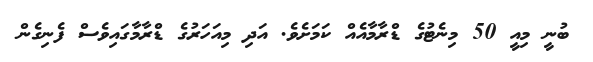
ބުނީ މިއީ 50 މިނެޓުގެ ޑްރާމާއެއް ކަމަށެވެ. އަދި މިއަހަރުގެ ޑްރާމާގައިވެސް ފެނިގެން